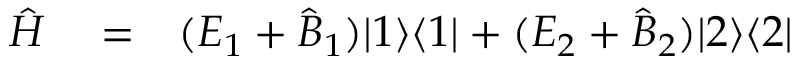
\begin{array} { r l r } { \hat { H } } & { { } = } & { ( E _ { 1 } + \hat { B } _ { 1 } ) | 1 \rangle \langle 1 | + ( E _ { 2 } + \hat { B } _ { 2 } ) | 2 \rangle \langle 2 | } \end{array}